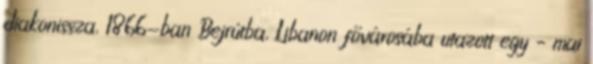
diakonissza, 1866-ban Bejrútba, Libanon fővárosába utazott egy – mai